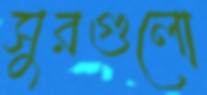
সুরগুলো